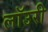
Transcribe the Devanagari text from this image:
लाॅउरी